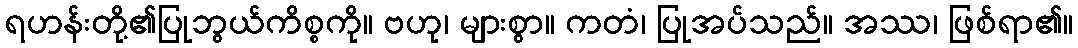
ရဟန်းတို့၏ပြုဘွယ်ကိစ္စကို။ ဗဟု၊ များစွာ။ ကတံ၊ ပြုအပ်သည်။ အဿ၊ ဖြစ်ရာ၏။